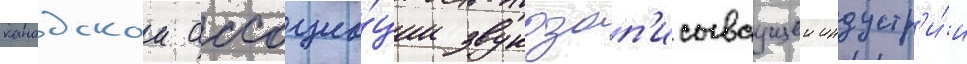
канадскои ассоциа́ции звукозап'исываущеи индустр'и́и